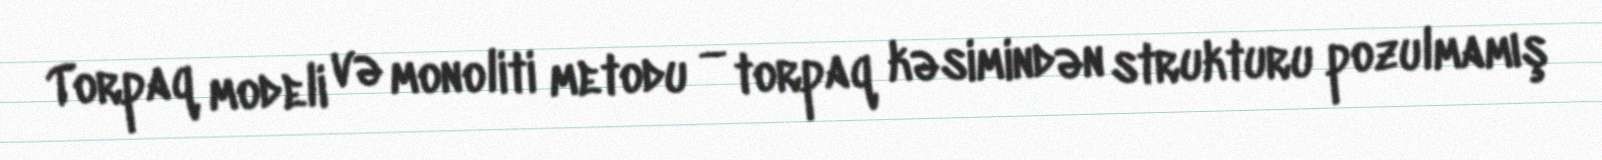
Torpaq modeli və monoliti metodu — torpaq kəsimindən strukturu pozulmamış